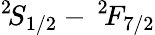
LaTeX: ^2\! S_{1/2}-\, ^{2}\! F_{7/2}